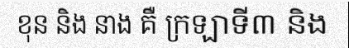
ខុន និង នាង គឺ ក្រឡាទី៣ និង